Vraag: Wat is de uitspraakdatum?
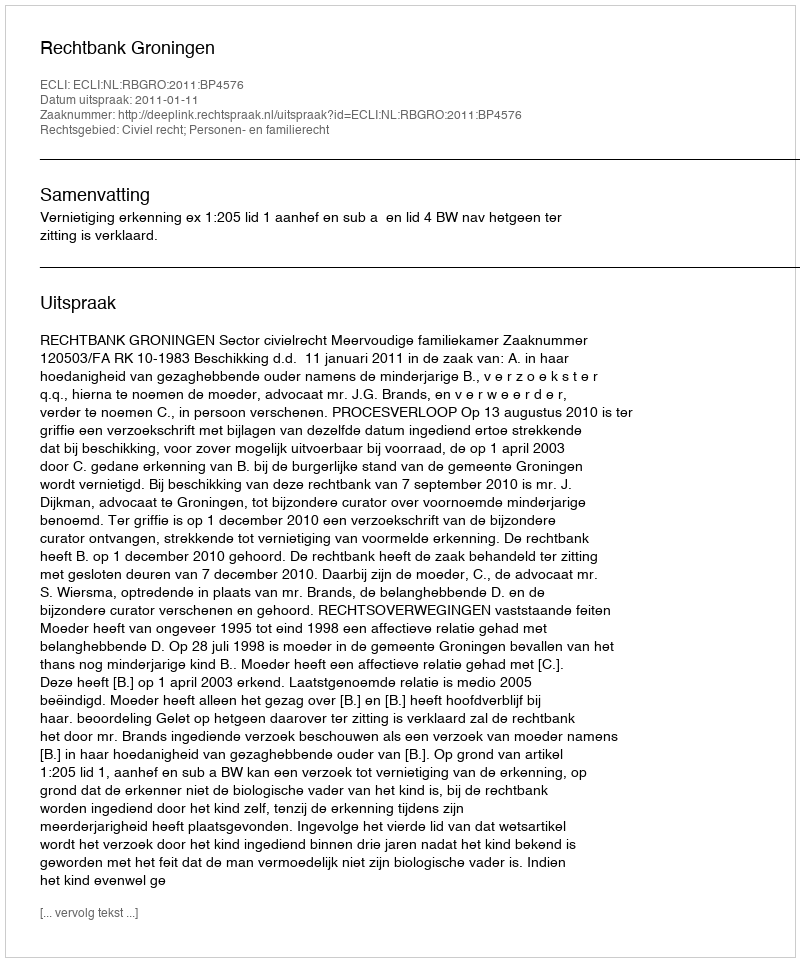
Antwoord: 2011-01-11